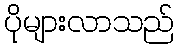
ပိုများလာသည်